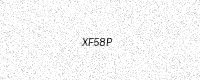
Text: XF58P